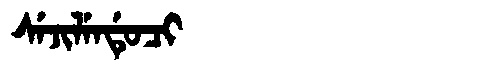
Manchu: ᠰᡝᠵᡳᠯᡝᠨᡩᡠᠴᡳ
Romanization: SEJILENDUCI